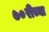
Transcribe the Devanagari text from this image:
७०रीच्या